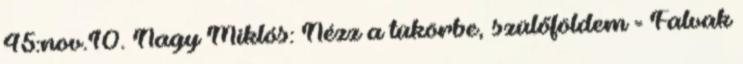
45:nov.10. Nagy Miklós: Nézz a tükörbe, szülőföldem = Falvak